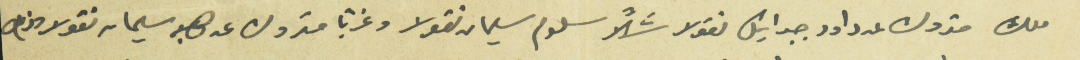
ملك متروك عن داود جبرائيل نقولا شمالاً سلوم سليمان نقولا وغرباً متروك عن صابر سليمان نقولا مفوض